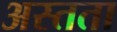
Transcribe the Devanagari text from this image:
अस्तता